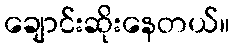
ချောင်းဆိုးနေတယ်။